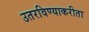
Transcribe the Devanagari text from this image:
उतरविण्याकरीता